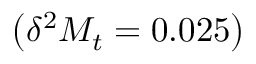
\left( \delta ^ { 2 } M _ { t } = 0 . 0 2 5 \right)